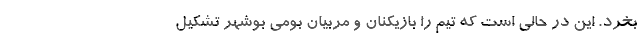
بخرد. این در حالی است که تیم را بازیکنان و مربیان بومی بوشهر تشکیل